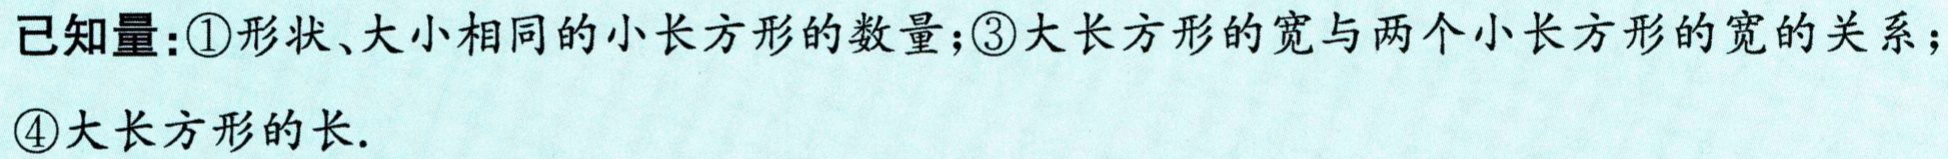
已知量:\textcircled{1}形状、大小相同的小长方形的数量;\textcircled{3}大长方形的宽与两个小长方形的宽的关系;

\textcircled{4}大长方形的长.